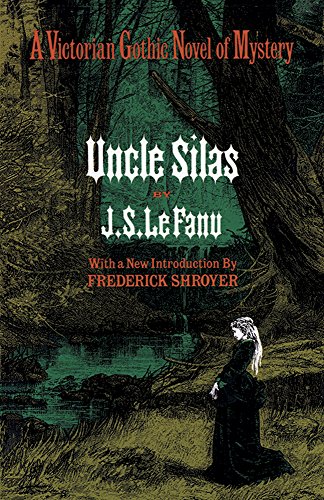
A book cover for Uncle Silas; J. Sheridan LeFanu; Literature & Fiction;